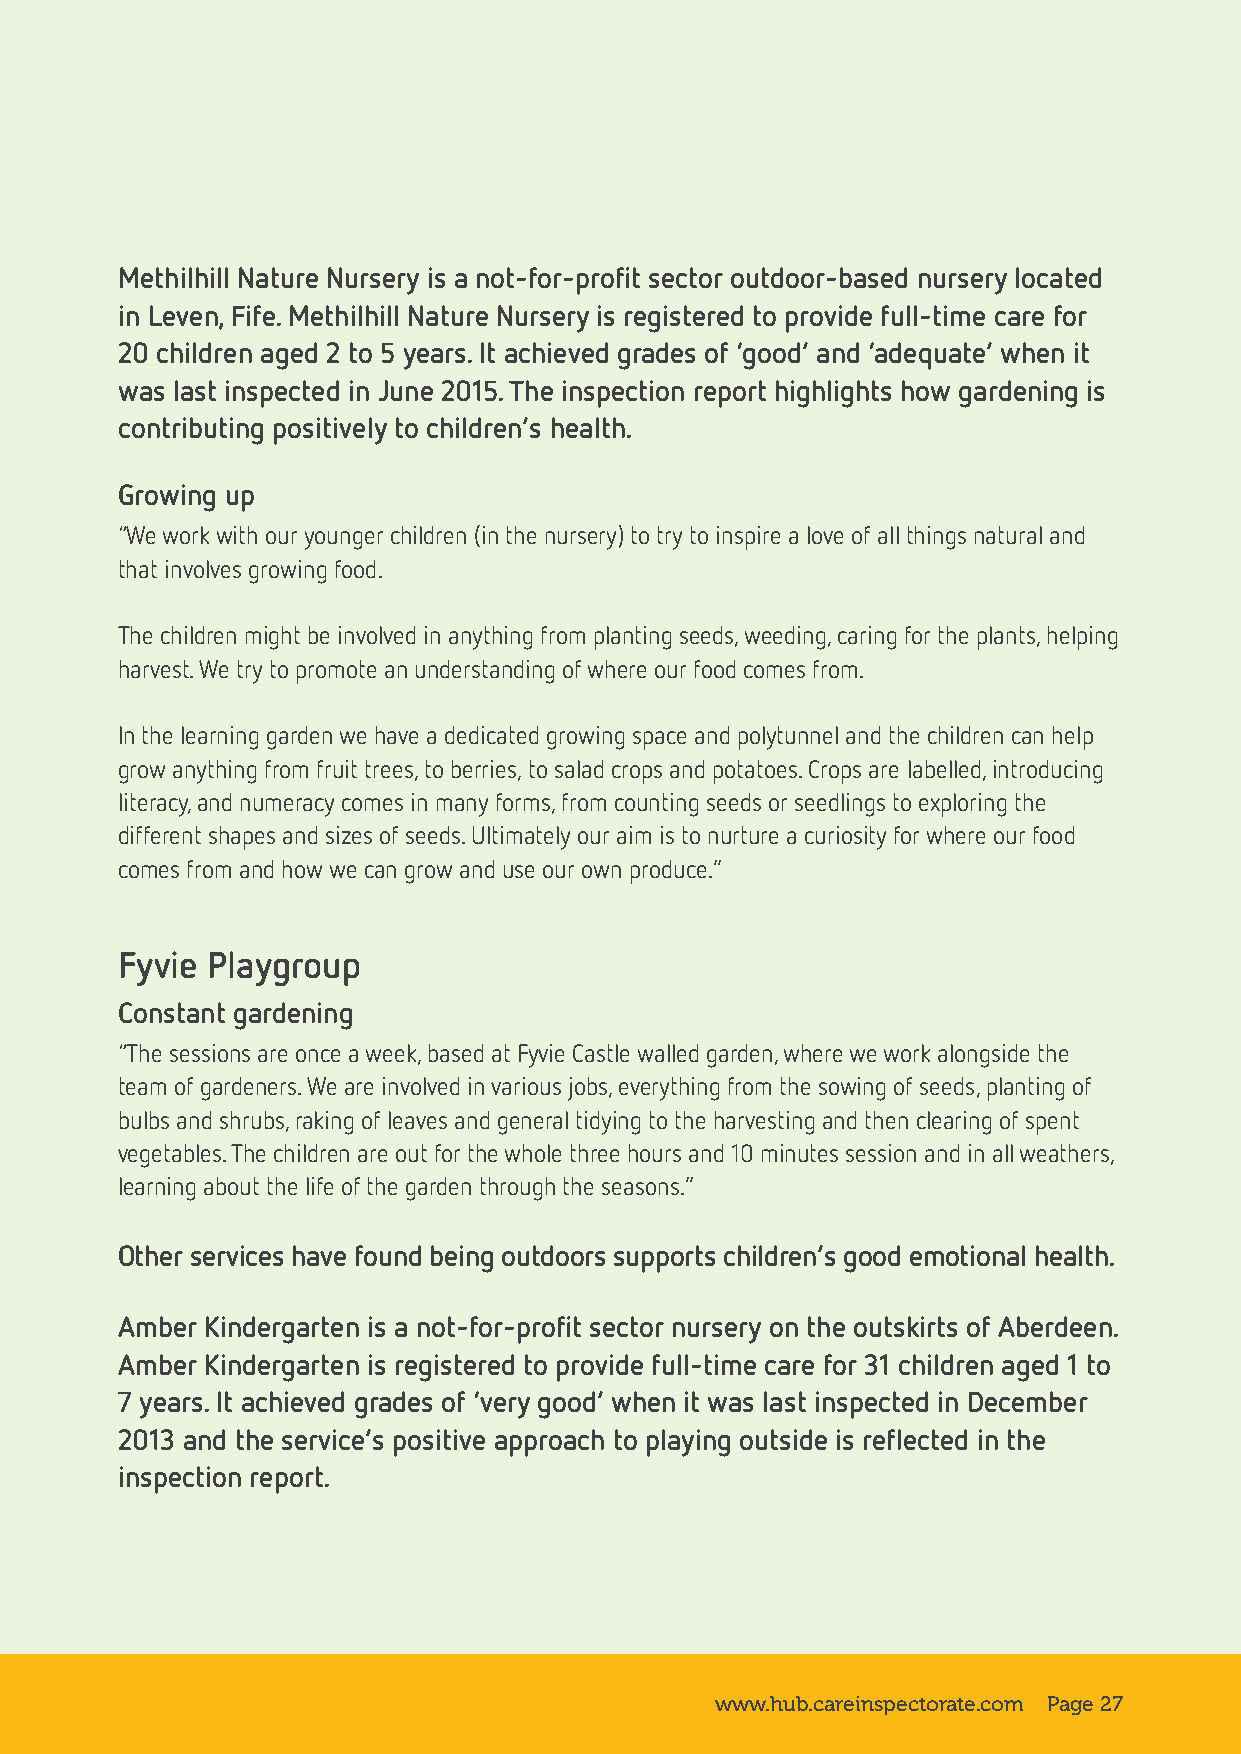
Methilhill Nature Nursery is a not-for-profit sector outdoor-based nursery located
 in Leven, Fife. Methilhill Nature Nursery is registered to provide full-time care for
 20 children aged 2 to 5 years. It achieved grades of ‘good’ and ‘adequate’ when it
 was last inspected in June 2015. The inspection report highlights how gardening is
 contributing positively to children’s health.
 Growing up
 “We work with our younger children (in the nursery) to try to inspire a love of all things natural and
 that involves growing food.
 The children might be involved in anything from planting seeds, weeding, caring for the plants, helping
 harvest. We try to promote an understanding of where our food comes from.
 In the learning garden we have a dedicated growing space and polytunnel and the children can help
 grow anything from fruit trees, to berries, to salad crops and potatoes. Crops are labelled, introducing
 literacy, and numeracy comes in many forms, from counting seeds or seedlings to exploring the
 different shapes and sizes of seeds. Ultimately our aim is to nurture a curiosity for where our food
 comes from and how we can grow and use our own produce.”
 Fyvie Playgroup
 Constant gardening
 “The sessions are once a week, based at Fyvie Castle walled garden, where we work alongside the
 team of gardeners. We are involved in various jobs, everything from the sowing of seeds, planting of
 bulbs and shrubs, raking of leaves and general tidying to the harvesting and then clearing of spent
 vegetables. The children are out for the whole three hours and 10 minutes session and in all weathers,
 learning about the life of the garden through the seasons.”
 Other services have found being outdoors supports children’s good emotional health.
 Amber Kindergarten is a not-for-profit sector nursery on the outskirts of Aberdeen.
 Amber Kindergarten is registered to provide full-time care for 31 children aged 1 to
 7 years. It achieved grades of ‘very good’ when it was last inspected in December
 2013 and the service’s positive approach to playing outside is reflected in the
 inspection report.
 www.hub.careinspectorate.com Page 27